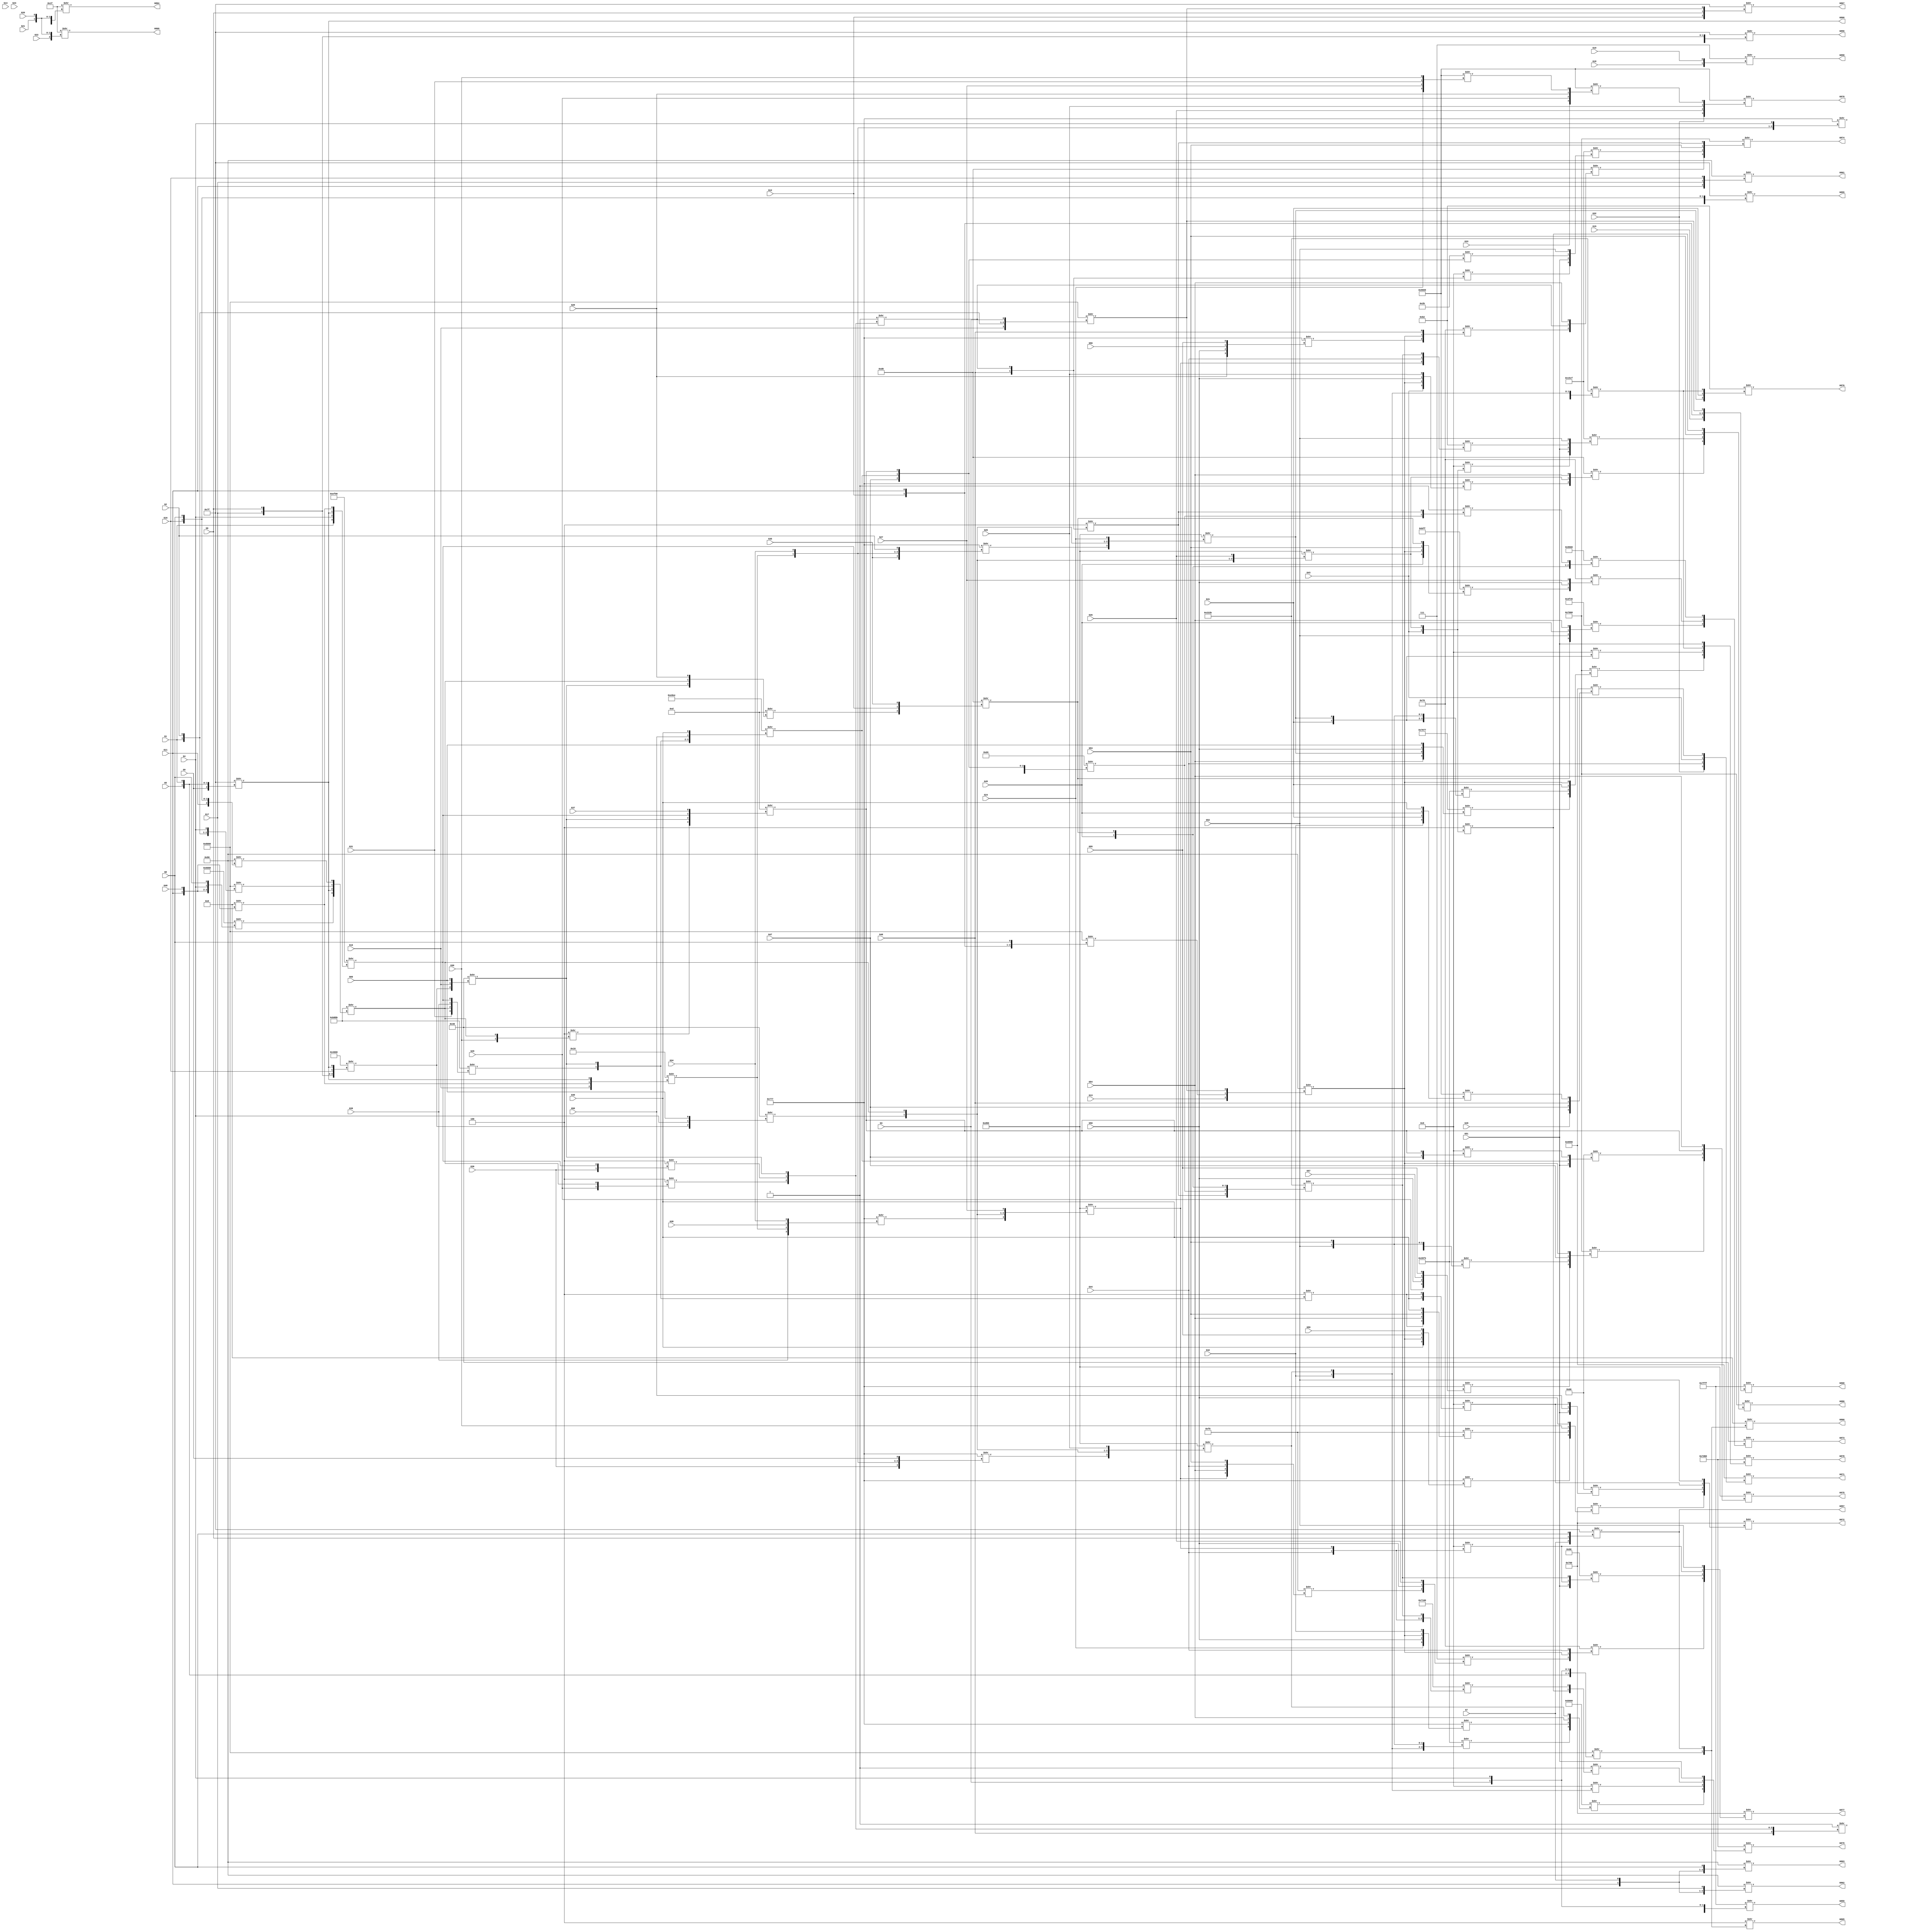
/* Generated by Yosys 0.9 (git sha1 1979e0b) */

(* src = "designs/c880.v:1" *)
module c880(G1, G10, G11, G12, G13, G14, G15, G16, G17, G18, G19, G2, G20, G21, G22, G23, G24, G25, G26, G27, G28, G29, G3, G30, G31, G32, G33, G34, G35, G36, G37, G38, G39, G4, G40, G41, G42, G43, G44, G45, G46, G47, G48, G49, G5, G50, G51, G52, G53, G54, G55, G56, G57, G58, G59, G6, G60, G7, G8, G855, G856, G857, G858, G859, G860, G861, G862, G863, G864, G865, G866, G867, G868, G869, G870, G871, G872, G873, G874, G875, G876, G877, G878, G879, G880, G9);
  wire _000_;
  wire _001_;
  wire _002_;
  wire _003_;
  wire _004_;
  wire _005_;
  wire _006_;
  wire _007_;
  wire _008_;
  wire _009_;
  wire _010_;
  wire _011_;
  wire _012_;
  wire _013_;
  wire _014_;
  wire _015_;
  wire _016_;
  wire _017_;
  wire _018_;
  wire _019_;
  wire _020_;
  wire _021_;
  wire _022_;
  wire _023_;
  wire _024_;
  wire _025_;
  wire _026_;
  wire _027_;
  wire _028_;
  wire _029_;
  wire _030_;
  wire _031_;
  wire _032_;
  wire _033_;
  wire _034_;
  wire _035_;
  wire _036_;
  wire _037_;
  wire _038_;
  wire _039_;
  wire _040_;
  wire _041_;
  wire _042_;
  wire _043_;
  wire _044_;
  wire _045_;
  wire _046_;
  wire _047_;
  wire _048_;
  wire _049_;
  wire _050_;
  wire _051_;
  wire _052_;
  wire _053_;
  wire _054_;
  wire _055_;
  wire _056_;
  wire _057_;
  wire _058_;
  wire _059_;
  wire _060_;
  wire _061_;
  wire _062_;
  wire _063_;
  wire _064_;
  wire _065_;
  wire _066_;
  wire _067_;
  wire _068_;
  wire _069_;
  wire _070_;
  wire _071_;
  wire _072_;
  wire _073_;
  wire _074_;
  wire _075_;
  wire _076_;
  wire _077_;
  wire _078_;
  wire _079_;
  wire _080_;
  wire _081_;
  wire _082_;
  wire _083_;
  wire _084_;
  wire _085_;
  wire _086_;
  wire _087_;
  wire _088_;
  wire _089_;
  wire _090_;
  wire _091_;
  wire _092_;
  wire _093_;
  wire _094_;
  wire _095_;
  wire _096_;
  wire _097_;
  wire _098_;
  wire _099_;
  wire _100_;
  wire _101_;
  wire _102_;
  wire _103_;
  wire _104_;
  wire _105_;
  wire _106_;
  wire _107_;
  wire _108_;
  wire _109_;
  wire _110_;
  wire _111_;
  wire _112_;
  wire _113_;
  wire _114_;
  wire _115_;
  wire _116_;
  wire _117_;
  wire _118_;
  wire _119_;
  wire _120_;
  wire _121_;
  wire _122_;
  wire _123_;
  wire _124_;
  wire _125_;
  wire _126_;
  wire _127_;
  wire _128_;
  wire _129_;
  wire _130_;
  wire _131_;
  wire _132_;
  wire _133_;
  wire _134_;
  wire _135_;
  wire _136_;
  wire _137_;
  wire _138_;
  wire _139_;
  wire _140_;
  wire _141_;
  wire _142_;
  wire _143_;
  wire _144_;
  wire _145_;
  wire _146_;
  wire _147_;
  wire _148_;
  wire _149_;
  wire _150_;
  wire _151_;
  wire _152_;
  wire _153_;
  wire _154_;
  wire _155_;
  wire _156_;
  wire _157_;
  wire _158_;
  wire _159_;
  wire _160_;
  wire _161_;
  wire _162_;
  wire _163_;
  wire _164_;
  wire _165_;
  wire _166_;
  wire _167_;
  wire _168_;
  wire _169_;
  wire _170_;
  wire _171_;
  wire _172_;
  wire _173_;
  wire _174_;
  wire _175_;
  wire _176_;
  wire _177_;
  wire _178_;
  wire _179_;
  wire _180_;
  wire _181_;
  wire _182_;
  wire _183_;
  wire _184_;
  wire _185_;
  wire _186_;
  wire _187_;
  wire _188_;
  wire _189_;
  wire _190_;
  wire _191_;
  wire _192_;
  wire _193_;
  wire _194_;
  wire _195_;
  wire _196_;
  wire _197_;
  wire _198_;
  wire _199_;
  wire _200_;
  wire _201_;
  wire _202_;
  wire _203_;
  wire _204_;
  wire _205_;
  wire _206_;
  wire _207_;
  wire _208_;
  wire _209_;
  (* src = "designs/c880.v:6" *)
  wire _210_;
  (* src = "designs/c880.v:6" *)
  wire _211_;
  (* src = "designs/c880.v:6" *)
  wire _212_;
  (* src = "designs/c880.v:6" *)
  wire _213_;
  (* src = "designs/c880.v:6" *)
  wire _214_;
  (* src = "designs/c880.v:6" *)
  wire _215_;
  (* src = "designs/c880.v:6" *)
  wire _216_;
  (* src = "designs/c880.v:6" *)
  wire _217_;
  (* src = "designs/c880.v:6" *)
  wire _218_;
  (* src = "designs/c880.v:6" *)
  wire _219_;
  (* src = "designs/c880.v:6" *)
  wire _220_;
  (* src = "designs/c880.v:6" *)
  wire _221_;
  (* src = "designs/c880.v:6" *)
  wire _222_;
  (* src = "designs/c880.v:6" *)
  wire _223_;
  (* src = "designs/c880.v:6" *)
  wire _224_;
  (* src = "designs/c880.v:6" *)
  wire _225_;
  (* src = "designs/c880.v:6" *)
  wire _226_;
  (* src = "designs/c880.v:6" *)
  wire _227_;
  (* src = "designs/c880.v:6" *)
  wire _228_;
  (* src = "designs/c880.v:6" *)
  wire _229_;
  (* src = "designs/c880.v:6" *)
  wire _230_;
  (* src = "designs/c880.v:6" *)
  wire _231_;
  (* src = "designs/c880.v:6" *)
  wire _232_;
  (* src = "designs/c880.v:6" *)
  wire _233_;
  (* src = "designs/c880.v:6" *)
  wire _234_;
  (* src = "designs/c880.v:6" *)
  wire _235_;
  (* src = "designs/c880.v:6" *)
  wire _236_;
  (* src = "designs/c880.v:6" *)
  wire _237_;
  (* src = "designs/c880.v:6" *)
  wire _238_;
  (* src = "designs/c880.v:6" *)
  wire _239_;
  (* src = "designs/c880.v:6" *)
  wire _240_;
  (* src = "designs/c880.v:6" *)
  wire _241_;
  (* src = "designs/c880.v:6" *)
  wire _242_;
  (* src = "designs/c880.v:6" *)
  wire _243_;
  (* src = "designs/c880.v:6" *)
  wire _244_;
  (* src = "designs/c880.v:6" *)
  wire _245_;
  (* src = "designs/c880.v:6" *)
  wire _246_;
  (* src = "designs/c880.v:6" *)
  wire _247_;
  (* src = "designs/c880.v:6" *)
  wire _248_;
  (* src = "designs/c880.v:6" *)
  wire _249_;
  (* src = "designs/c880.v:6" *)
  wire _250_;
  (* src = "designs/c880.v:6" *)
  wire _251_;
  (* src = "designs/c880.v:6" *)
  wire _252_;
  (* src = "designs/c880.v:6" *)
  wire _253_;
  (* src = "designs/c880.v:6" *)
  wire _254_;
  (* src = "designs/c880.v:6" *)
  wire _255_;
  (* src = "designs/c880.v:6" *)
  wire _256_;
  (* src = "designs/c880.v:6" *)
  wire _257_;
  (* src = "designs/c880.v:6" *)
  wire _258_;
  (* src = "designs/c880.v:6" *)
  wire _259_;
  (* src = "designs/c880.v:6" *)
  wire _260_;
  (* src = "designs/c880.v:6" *)
  wire _261_;
  (* src = "designs/c880.v:6" *)
  wire _262_;
  (* src = "designs/c880.v:6" *)
  wire _263_;
  (* src = "designs/c880.v:6" *)
  wire _264_;
  (* src = "designs/c880.v:6" *)
  wire _265_;
  (* src = "designs/c880.v:6" *)
  wire _266_;
  (* src = "designs/c880.v:6" *)
  wire _267_;
  (* src = "designs/c880.v:6" *)
  wire _268_;
  (* src = "designs/c880.v:10" *)
  wire _269_;
  (* src = "designs/c880.v:10" *)
  wire _270_;
  (* src = "designs/c880.v:10" *)
  wire _271_;
  (* src = "designs/c880.v:10" *)
  wire _272_;
  (* src = "designs/c880.v:10" *)
  wire _273_;
  (* src = "designs/c880.v:10" *)
  wire _274_;
  (* src = "designs/c880.v:10" *)
  wire _275_;
  (* src = "designs/c880.v:10" *)
  wire _276_;
  (* src = "designs/c880.v:10" *)
  wire _277_;
  (* src = "designs/c880.v:10" *)
  wire _278_;
  (* src = "designs/c880.v:10" *)
  wire _279_;
  (* src = "designs/c880.v:10" *)
  wire _280_;
  (* src = "designs/c880.v:10" *)
  wire _281_;
  (* src = "designs/c880.v:10" *)
  wire _282_;
  (* src = "designs/c880.v:10" *)
  wire _283_;
  (* src = "designs/c880.v:10" *)
  wire _284_;
  (* src = "designs/c880.v:10" *)
  wire _285_;
  (* src = "designs/c880.v:10" *)
  wire _286_;
  (* src = "designs/c880.v:10" *)
  wire _287_;
  (* src = "designs/c880.v:10" *)
  wire _288_;
  (* src = "designs/c880.v:10" *)
  wire _289_;
  (* src = "designs/c880.v:10" *)
  wire _290_;
  (* src = "designs/c880.v:10" *)
  wire _291_;
  (* src = "designs/c880.v:10" *)
  wire _292_;
  (* src = "designs/c880.v:10" *)
  wire _293_;
  (* src = "designs/c880.v:10" *)
  wire _294_;
  (* src = "designs/c880.v:6" *)
  wire _295_;
  wire _296_;
  wire _297_;
  wire _298_;
  wire _299_;
  wire _300_;
  wire _301_;
  wire _302_;
  wire _303_;
  wire _304_;
  wire _305_;
  wire _306_;
  wire _307_;
  wire _308_;
  wire _309_;
  wire _310_;
  wire _311_;
  wire _312_;
  wire _313_;
  wire _314_;
  wire _315_;
  wire _316_;
  wire _317_;
  wire _318_;
  wire _319_;
  wire _320_;
  wire _321_;
  wire _322_;
  wire _323_;
  wire _324_;
  wire _325_;
  wire _326_;
  wire _327_;
  wire _328_;
  wire _329_;
  wire _330_;
  wire _331_;
  wire _332_;
  wire _333_;
  wire _334_;
  wire _335_;
  wire _336_;
  wire _337_;
  wire _338_;
  wire _339_;
  wire _340_;
  wire _341_;
  wire _342_;
  wire _343_;
  wire _344_;
  wire _345_;
  wire _346_;
  wire _347_;
  wire _348_;
  wire _349_;
  wire _350_;
  wire _351_;
  wire _352_;
  wire _353_;
  wire _354_;
  wire _355_;
  wire _356_;
  wire _357_;
  wire _358_;
  wire _359_;
  wire _360_;
  wire _361_;
  wire _362_;
  wire _363_;
  wire _364_;
  wire _365_;
  wire _366_;
  wire _367_;
  wire _368_;
  wire _369_;
  wire _370_;
  wire _371_;
  wire _372_;
  wire _373_;
  wire _374_;
  wire _375_;
  wire _376_;
  wire _377_;
  wire _378_;
  (* src = "designs/c880.v:6" *)
  input G1;
  (* src = "designs/c880.v:6" *)
  input G10;
  (* src = "designs/c880.v:6" *)
  input G11;
  (* src = "designs/c880.v:6" *)
  input G12;
  (* src = "designs/c880.v:6" *)
  input G13;
  (* src = "designs/c880.v:6" *)
  input G14;
  (* src = "designs/c880.v:6" *)
  input G15;
  (* src = "designs/c880.v:6" *)
  input G16;
  (* src = "designs/c880.v:6" *)
  input G17;
  (* src = "designs/c880.v:6" *)
  input G18;
  (* src = "designs/c880.v:6" *)
  input G19;
  (* src = "designs/c880.v:6" *)
  input G2;
  (* src = "designs/c880.v:6" *)
  input G20;
  (* src = "designs/c880.v:6" *)
  input G21;
  (* src = "designs/c880.v:6" *)
  input G22;
  (* src = "designs/c880.v:6" *)
  input G23;
  (* src = "designs/c880.v:6" *)
  input G24;
  (* src = "designs/c880.v:6" *)
  input G25;
  (* src = "designs/c880.v:6" *)
  input G26;
  (* src = "designs/c880.v:6" *)
  input G27;
  (* src = "designs/c880.v:6" *)
  input G28;
  (* src = "designs/c880.v:6" *)
  input G29;
  (* src = "designs/c880.v:13" *)
  wire G293;
  (* src = "designs/c880.v:13" *)
  wire G295;
  (* src = "designs/c880.v:13" *)
  wire G296;
  (* src = "designs/c880.v:6" *)
  input G3;
  (* src = "designs/c880.v:6" *)
  input G30;
  (* src = "designs/c880.v:6" *)
  input G31;
  (* src = "designs/c880.v:6" *)
  input G32;
  (* src = "designs/c880.v:6" *)
  input G33;
  (* src = "designs/c880.v:6" *)
  input G34;
  (* src = "designs/c880.v:13" *)
  wire G343;
  (* src = "designs/c880.v:13" *)
  wire G349;
  (* src = "designs/c880.v:6" *)
  input G35;
  (* src = "designs/c880.v:13" *)
  wire G350;
  (* src = "designs/c880.v:6" *)
  input G36;
  (* src = "designs/c880.v:13" *)
  wire G369;
  (* src = "designs/c880.v:6" *)
  input G37;
  (* src = "designs/c880.v:6" *)
  input G38;
  (* src = "designs/c880.v:6" *)
  input G39;
  (* src = "designs/c880.v:6" *)
  input G4;
  (* src = "designs/c880.v:6" *)
  input G40;
  (* src = "designs/c880.v:6" *)
  input G41;
  (* src = "designs/c880.v:6" *)
  input G42;
  (* src = "designs/c880.v:6" *)
  input G43;
  (* src = "designs/c880.v:6" *)
  input G44;
  (* src = "designs/c880.v:6" *)
  input G45;
  (* src = "designs/c880.v:6" *)
  input G46;
  (* src = "designs/c880.v:6" *)
  input G47;
  (* src = "designs/c880.v:6" *)
  input G48;
  (* src = "designs/c880.v:6" *)
  input G49;
  (* src = "designs/c880.v:6" *)
  input G5;
  (* src = "designs/c880.v:6" *)
  input G50;
  (* src = "designs/c880.v:6" *)
  input G51;
  (* src = "designs/c880.v:6" *)
  input G52;
  (* src = "designs/c880.v:6" *)
  input G53;
  (* src = "designs/c880.v:6" *)
  input G54;
  (* src = "designs/c880.v:6" *)
  input G55;
  (* src = "designs/c880.v:6" *)
  input G56;
  (* src = "designs/c880.v:6" *)
  input G57;
  (* src = "designs/c880.v:6" *)
  input G58;
  (* src = "designs/c880.v:6" *)
  input G59;
  (* src = "designs/c880.v:6" *)
  input G6;
  (* src = "designs/c880.v:6" *)
  input G60;
  (* src = "designs/c880.v:6" *)
  input G7;
  (* src = "designs/c880.v:6" *)
  input G8;
  (* src = "designs/c880.v:13" *)
  wire G812;
  (* src = "designs/c880.v:13" *)
  wire G829;
  (* src = "designs/c880.v:13" *)
  wire G830;
  (* src = "designs/c880.v:13" *)
  wire G831;
  (* src = "designs/c880.v:13" *)
  wire G832;
  (* src = "designs/c880.v:13" *)
  wire G844;
  (* src = "designs/c880.v:13" *)
  wire G849;
  (* src = "designs/c880.v:13" *)
  wire G850;
  (* src = "designs/c880.v:13" *)
  wire G851;
  (* src = "designs/c880.v:10" *)
  output G855;
  (* src = "designs/c880.v:10" *)
  output G856;
  (* src = "designs/c880.v:10" *)
  output G857;
  (* src = "designs/c880.v:10" *)
  output G858;
  (* src = "designs/c880.v:10" *)
  output G859;
  (* src = "designs/c880.v:10" *)
  output G860;
  (* src = "designs/c880.v:10" *)
  output G861;
  (* src = "designs/c880.v:10" *)
  output G862;
  (* src = "designs/c880.v:10" *)
  output G863;
  (* src = "designs/c880.v:10" *)
  output G864;
  (* src = "designs/c880.v:10" *)
  output G865;
  (* src = "designs/c880.v:10" *)
  output G866;
  (* src = "designs/c880.v:10" *)
  output G867;
  (* src = "designs/c880.v:10" *)
  output G868;
  (* src = "designs/c880.v:10" *)
  output G869;
  (* src = "designs/c880.v:10" *)
  output G870;
  (* src = "designs/c880.v:10" *)
  output G871;
  (* src = "designs/c880.v:10" *)
  output G872;
  (* src = "designs/c880.v:10" *)
  output G873;
  (* src = "designs/c880.v:10" *)
  output G874;
  (* src = "designs/c880.v:10" *)
  output G875;
  (* src = "designs/c880.v:10" *)
  output G876;
  (* src = "designs/c880.v:10" *)
  output G877;
  (* src = "designs/c880.v:10" *)
  output G878;
  (* src = "designs/c880.v:10" *)
  output G879;
  (* src = "designs/c880.v:10" *)
  output G880;
  (* src = "designs/c880.v:6" *)
  input G9;
  assign _269_ = 8'h7f >> { _265_, _217_, _268_ };
  assign _270_ = 8'h7f >> { _267_, _218_, _265_ };
  assign _271_ = 8'h7f >> { _267_, _265_, _268_ };
  assign _272_ = 4'h7 >> { _219_, _220_ };
  assign _273_ = 16'h7fff >> { _210_, _221_, _232_, _243_ };
  assign _274_ = 4'h8 >> { _378_, _271_ };
  assign _378_ = 16'h8000 >> { _254_, _210_, _232_, _243_ };
  assign _278_ = 8'h1f >> { _225_, _223_, _222_ };
  assign _279_ = 4'h4 >> { _378_, _271_ };
  assign _280_ = 8'h7f >> { _295_, _254_, _210_ };
  assign _283_ = 8'h1f >> { _224_, _223_, _222_ };
  assign _286_ = 16'h0700 >> { _308_, _296_, _297_, _257_ };
  assign _296_ = 8'h60 >> { _256_, _263_, _297_ };
  assign _297_ = 4'h9 >> { _252_, _298_ };
  assign _298_ = 4'h4 >> { _301_, _299_ };
  assign _299_ = 8'h40 >> { _300_, _211_, _266_ };
  assign _300_ = 16'h4000 >> { _218_, _265_, _217_, _280_ };
  assign _301_ = 16'hb0bb >> { _234_, _302_, _242_, _306_ };
  assign _302_ = 16'hb0bb >> { _303_, _280_, _305_, _304_ };
  assign _303_ = 16'h6000 >> { _212_, _244_, _243_, _268_ };
  assign _304_ = 8'h80 >> { _212_, _217_, _268_ };
  assign _305_ = 16'h8000 >> { _295_, _210_, _221_, _243_ };
  assign _306_ = 16'hef00 >> { _210_, _243_, _280_, _307_ };
  assign _307_ = 4'h8 >> { _212_, _244_ };
  assign _308_ = 16'h0700 >> { _310_, _309_, _233_, _255_ };
  assign _309_ = 16'h00f8 >> { _298_, _259_, _258_, _252_ };
  assign _310_ = 16'h0777 >> { _252_, _311_, _260_, _264_ };
  assign _311_ = 8'h80 >> { _214_, _313_, _312_ };
  assign _312_ = 16'h8000 >> { _211_, _210_, _221_, _232_ };
  assign _313_ = 16'h8000 >> { _215_, _213_, _212_, _268_ };
  assign _287_ = 8'h40 >> { _329_, _327_, _314_ };
  assign _314_ = 16'h9600 >> { _256_, _249_, _325_, _315_ };
  assign _315_ = 4'h1 >> { _320_, _316_ };
  assign _316_ = 4'h4 >> { _250_, _317_ };
  assign _317_ = 8'h01 >> { _319_, _318_, _299_ };
  assign _318_ = 4'h4 >> { _239_, _306_ };
  assign _319_ = 4'h4 >> { _231_, _302_ };
  assign _320_ = 16'h00d4 >> { _321_, _251_, _324_, _322_ };
  assign _321_ = 16'h0001 >> { _250_, _319_, _318_, _299_ };
  assign _322_ = 16'h000d >> { _323_, _299_, _306_, _240_ };
  assign _323_ = 4'h4 >> { _233_, _302_ };
  assign _324_ = 16'he8ee >> { _301_, _299_, _263_, _252_ };
  assign _325_ = 8'hd0 >> { _326_, _306_, _238_ };
  assign _326_ = 8'h0d >> { _299_, _302_, _230_ };
  assign _327_ = 8'h70 >> { _328_, _255_, _229_ };
  assign _328_ = 16'h0bff >> { _249_, _311_, _258_, _325_ };
  assign _329_ = 16'h3f45 >> { _325_, _257_, _249_, _259_ };
  assign _330_ = 8'h2b >> { _251_, _324_, _322_ };
  assign _331_ = 4'h9 >> { _250_, _317_ };
  assign _332_ = 8'hd0 >> { _333_, _317_, _259_ };
  assign _333_ = 8'h70 >> { _334_, _311_, _250_ };
  assign _334_ = 16'h0777 >> { _230_, _255_, _261_, _260_ };
  assign _289_ = 16'h0d00 >> { _371_, _335_, _322_, _259_ };
  assign _335_ = 8'h60 >> { _256_, _324_, _336_ };
  assign _336_ = 4'h9 >> { _251_, _322_ };
  assign _337_ = 16'h0777 >> { _231_, _255_, _262_, _260_ };
  assign _290_ = 8'hb2 >> { _350_, _245_, _338_ };
  assign _338_ = 16'h222b >> { _347_, _339_, _246_, _348_ };
  assign _339_ = 16'h7100 >> { _362_, _248_, _345_, _340_ };
  assign _340_ = 16'h222b >> { _316_, _320_, _249_, _325_ };
  assign _341_ = 16'h0d00 >> { _343_, _342_, _302_, _228_ };
  assign _342_ = 8'h40 >> { _300_, _243_, _266_ };
  assign _343_ = 16'h0777 >> { _240_, _344_, _237_, _243_ };
  assign _344_ = 8'h10 >> { _211_, _307_, _280_ };
  assign _345_ = 16'h0d00 >> { _346_, _342_, _302_, _229_ };
  assign _346_ = 16'h0777 >> { _242_, _344_, _241_, _237_ };
  assign _347_ = 4'h4 >> { _247_, _341_ };
  assign _348_ = 16'h0d00 >> { _349_, _342_, _302_, _227_ };
  assign _349_ = 16'h0777 >> { _239_, _344_, _237_, _295_ };
  assign _350_ = 16'h0d00 >> { _351_, _342_, _302_, _226_ };
  assign _351_ = 16'h0777 >> { _238_, _344_, _237_, _221_ };
  assign _291_ = 16'h0700 >> { _354_, _352_, _353_, _257_ };
  assign _352_ = 8'h90 >> { _256_, _353_, _340_ };
  assign _353_ = 4'h9 >> { _248_, _345_ };
  assign _354_ = 8'h70 >> { _355_, _311_, _248_ };
  assign _355_ = 8'h07 >> { _356_, _255_, _228_ };
  assign _356_ = 16'h00f8 >> { _345_, _259_, _248_, _258_ };
  assign _292_ = 16'h7d00 >> { _373_, _358_, _338_, _256_ };
  assign _357_ = 16'h7077 >> { _259_, _350_, _255_, _266_ };
  assign _358_ = 4'h9 >> { _245_, _350_ };
  assign _293_ = 16'h7d00 >> { _376_, _360_, _359_, _256_ };
  assign _359_ = 4'h1 >> { _347_, _339_ };
  assign _360_ = 4'h9 >> { _246_, _348_ };
  assign _361_ = 8'hb2 >> { _345_, _248_, _340_ };
  assign _362_ = 4'h9 >> { _247_, _341_ };
  assign _363_ = 8'hd0 >> { _364_, _341_, _259_ };
  assign _364_ = 16'h0777 >> { _247_, _311_, _255_, _227_ };
  assign _275_ = 8'h80 >> { _212_, _218_, _217_ };
  assign _276_ = 8'h80 >> { _212_, _267_, _218_ };
  assign _277_ = 8'h80 >> { _212_, _267_, _268_ };
  assign _281_ = 8'h7f >> { _213_, _265_, _312_ };
  assign _282_ = 16'h7fff >> { _216_, _213_, _212_, _312_ };
  assign _284_ = 16'h9669 >> { _235_, _228_, _227_, _365_ };
  assign _365_ = 16'h9669 >> { _236_, _231_, _230_, _366_ };
  assign _366_ = 16'h9669 >> { _226_, _229_, _234_, _233_ };
  assign _285_ = 16'h6996 >> { _235_, _248_, _247_, _367_ };
  assign _367_ = 16'h6996 >> { _253_, _251_, _250_, _368_ };
  assign _368_ = 16'h9669 >> { _246_, _245_, _249_, _252_ };
  assign _369_ = 16'h15cf >> { _331_, _256_, _330_, _257_ };
  assign _288_ = 16'h7000 >> { _332_, _369_, _258_, _316_ };
  assign _370_ = 16'h35f3 >> { _251_, _322_, _257_, _258_ };
  assign _371_ = 16'h7000 >> { _337_, _370_, _251_, _311_ };
  assign _372_ = 16'h35f3 >> { _245_, _350_, _257_, _258_ };
  assign _373_ = 16'h7000 >> { _357_, _372_, _245_, _311_ };
  assign _374_ = 16'h0777 >> { _226_, _255_, _311_, _246_ };
  assign _375_ = 16'h35f3 >> { _246_, _348_, _257_, _258_ };
  assign _376_ = 16'hb000 >> { _375_, _374_, _259_, _348_ };
  assign _377_ = 16'h15cf >> { _362_, _256_, _361_, _257_ };
  assign _294_ = 16'h7000 >> { _363_, _377_, _258_, _347_ };
  assign G369 = G60;
  assign G350 = G868;
  assign G349 = G867;
  assign G293 = G861;
  assign G295 = G862;
  assign G296 = G863;
  assign G812 = G872;
  assign G829 = G873;
  assign G830 = G874;
  assign G831 = G875;
  assign G832 = G876;
  assign G343 = G857;
  assign G844 = G877;
  assign G849 = G878;
  assign G850 = G879;
  assign G851 = G880;
  assign _268_ = G8;
  assign _217_ = G16;
  assign _265_ = G6;
  assign G855 = _269_;
  assign _218_ = G17;
  assign _267_ = G7;
  assign G856 = _270_;
  assign G857 = _271_;
  assign _220_ = G19;
  assign _219_ = G18;
  assign G858 = _272_;
  assign _243_ = G4;
  assign _232_ = G3;
  assign _221_ = G2;
  assign _210_ = G1;
  assign G859 = _273_;
  assign _254_ = G5;
  assign G860 = _274_;
  assign _223_ = G21;
  assign _222_ = G20;
  assign _225_ = G23;
  assign G864 = _278_;
  assign G865 = _279_;
  assign _295_ = G9;
  assign G866 = _280_;
  assign _224_ = G22;
  assign G869 = _283_;
  assign _256_ = G51;
  assign _233_ = G30;
  assign _255_ = G50;
  assign _252_ = G48;
  assign _211_ = G10;
  assign _266_ = G60;
  assign _234_ = G31;
  assign _242_ = G39;
  assign _244_ = G40;
  assign _212_ = G11;
  assign _263_ = G58;
  assign _257_ = G52;
  assign _258_ = G53;
  assign _259_ = G54;
  assign _264_ = G59;
  assign _260_ = G55;
  assign _213_ = G12;
  assign _214_ = G13;
  assign _215_ = G14;
  assign G872 = _286_;
  assign _230_ = G28;
  assign _238_ = G35;
  assign _249_ = G45;
  assign _231_ = G29;
  assign _239_ = G36;
  assign _250_ = G46;
  assign _240_ = G37;
  assign _251_ = G47;
  assign _229_ = G27;
  assign G873 = _287_;
  assign _261_ = G56;
  assign G874 = _288_;
  assign _262_ = G57;
  assign G875 = _289_;
  assign _226_ = G24;
  assign _237_ = G34;
  assign _245_ = G41;
  assign _246_ = G42;
  assign _227_ = G25;
  assign _247_ = G43;
  assign _228_ = G26;
  assign _248_ = G44;
  assign _241_ = G38;
  assign G876 = _290_;
  assign G877 = _291_;
  assign G878 = _292_;
  assign G879 = _293_;
  assign G880 = _294_;
  assign G861 = _275_;
  assign G862 = _276_;
  assign G863 = _277_;
  assign G867 = _281_;
  assign _216_ = G15;
  assign G868 = _282_;
  assign _235_ = G32;
  assign _236_ = G33;
  assign G870 = _284_;
  assign _253_ = G49;
  assign G871 = _285_;
endmodule